Vaccination in Bombay 1874-1876 - 1874-1876
Year: 1874
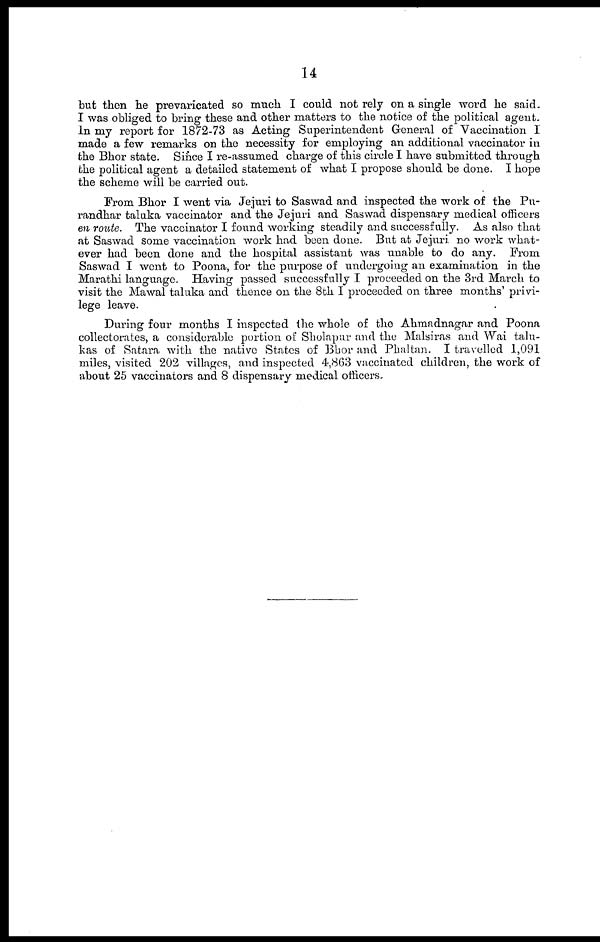
14
but then he prevaricated so much I could not rely on a single word he said.
I was obliged to bring these and other matters to the notice of the political agent.
In my report for 1872-73 as Acting Superintendent General of Vaccination I
made a few remarks on the necessity for employing an additional vaccinator in
the Bhor state. Since I re-assumed charge of this circle I have submitted through
the political agent a detailed statement of what I propose should be done. I hope
the scheme will be carried out.
From Bhor I went via Jejuri to Saswad and inspected the work of the Pu-
randhar taluka vaccinator and the Jejuri and Saswad dispensary medical officers
en route. The vaccinator I found working steadily and successfully. As also that
at Saswad some vaccination work had been done. But at Jejuri no work what-
ever had been done and the hospital assistant was unable to do any. From
Saswad I went to Poona, for the purpose of undergoing an examination in the
Marathi language. Having passed successfully I proceeded on the 3rd March to
visit the Mawal taluka and thence on the 8th I proceeded on three months' privi-
lege leave.
During four months I inspected the whole of the Ahmadnagar and Poona
collectorates, a considerable portion of Sholapur and the Malsiras and Wai talu-
kas of Satara with the native States of Bhor and Phaltan. I travelled 1,091
miles, visited 202 villages, and inspected 4,863 vaccinated children, the work of
about 25 vaccinators and 8 dispensary medical officers.